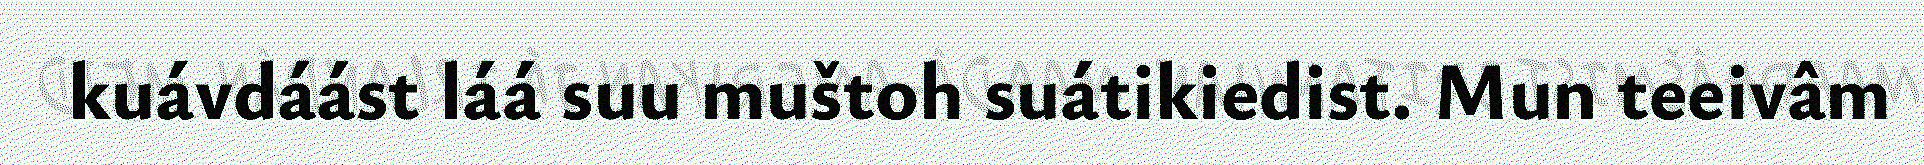
kuávdáást láá suu muštoh suátikiedist. Mun teeivâm